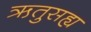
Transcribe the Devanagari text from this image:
ऋतुसह्य